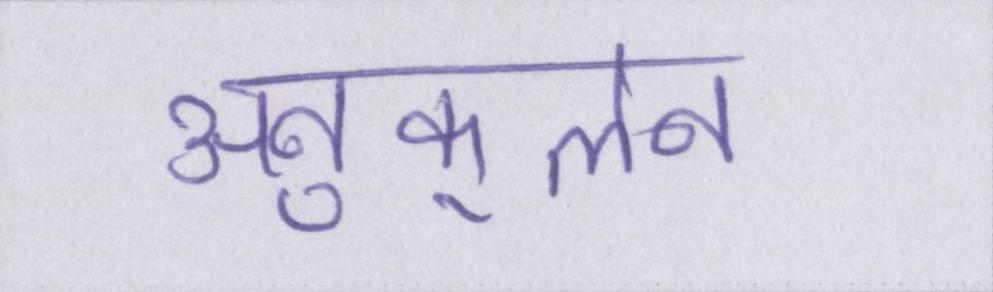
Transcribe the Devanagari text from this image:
अनुकूलन